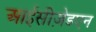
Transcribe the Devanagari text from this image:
आईसीज़ेडएन